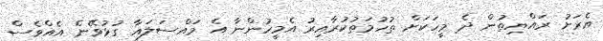
އެރަށު ރައްޔިތުން ދެ މީހަކަށް ތުހުމަތުކުރާއިރު އެމީހުންނާ އެ މައްސަލައާ ގުޅުވޭނެ އެއްވެސް